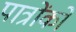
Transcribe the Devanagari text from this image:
पात्रोंको